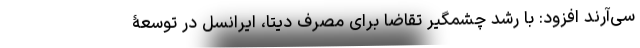
سی‌آرند افزود: با رشد چشمگیر تقاضا برای مصرف دیتا، ایرانسل در توسعۀ